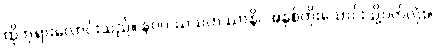
ထိုဘုရားလောင်းသည်။ နဝဝဿသတဿာနိ၊ အနှစ်ကိုးသောင်းသို့ပတ်လုံး။